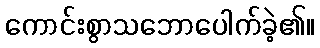
ကောင်းစွာသဘောပေါက်ခဲ့၏။